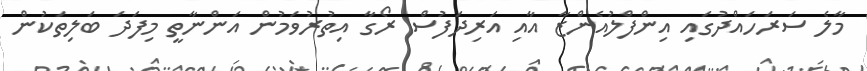
މާލެ ސަރަހައްދުގައި އިންފްލުއެންޒާ އާއި އަރިދަފުސް ރޯގާ އިތުރުވަމުން އަންނާތީ މިފަދަ ބަލިތަކުން